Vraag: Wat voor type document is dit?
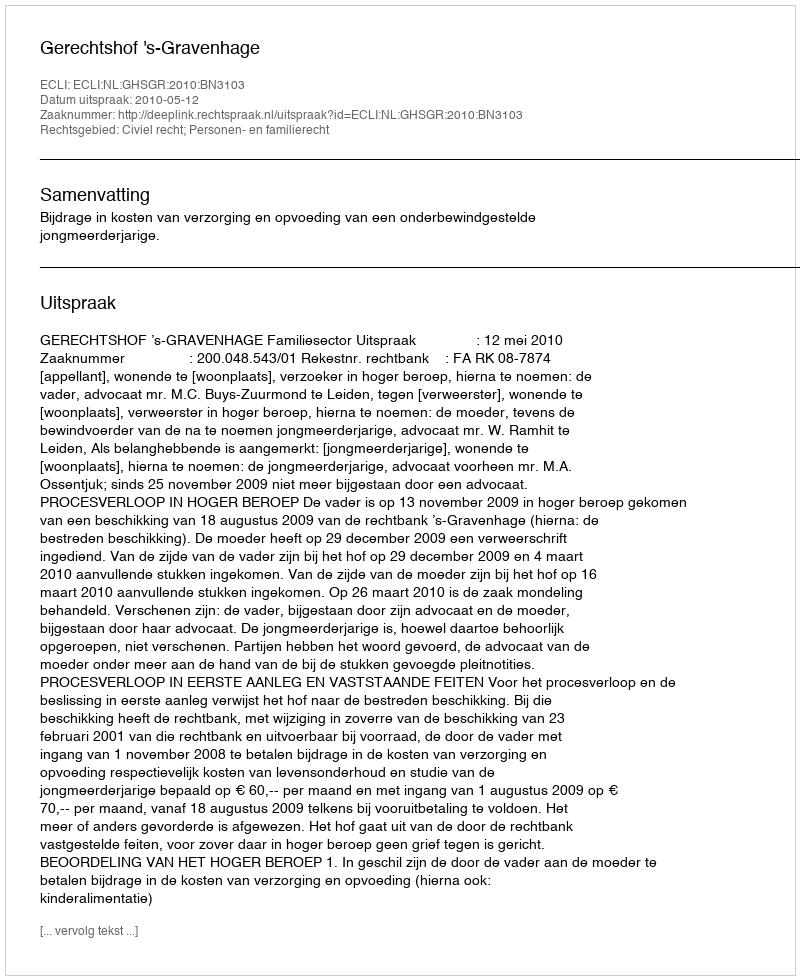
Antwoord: Uitspraak